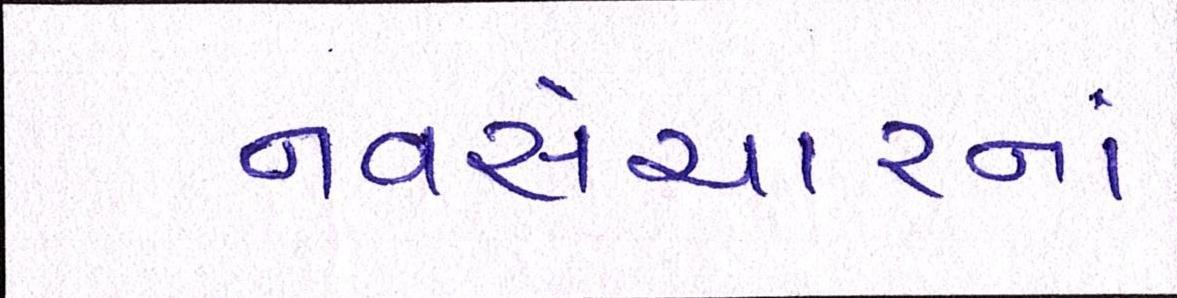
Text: નવસંચારનાં